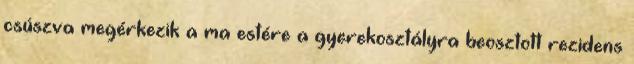
csúszva megérkezik a ma estére a gyerekosztályra beosztott rezidens